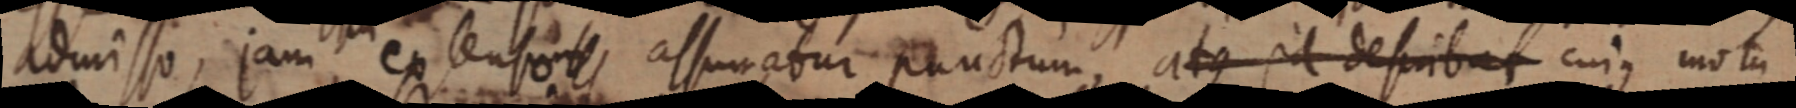
admisso, jam ex lenso _ assumatur punctum, atque id describat cujus motu